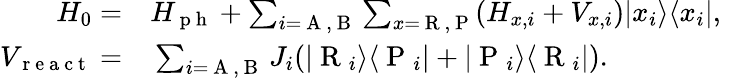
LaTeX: \begin{array}{rlr}{H_{0}=}&{{}H_{\mathrm{~p~h~}}+\sum_{i=\mathrm{~A~},\mathrm{~B~}}\sum_{x=\mathrm{~R~},\mathrm{~P~}}(H_{x,i}+V_{x,i})|x_{i}\rangle\langle x_{i}|,}&{}\\ {V_{\mathrm{~r~e~a~c~t~}}=}&{{}\sum_{i=\mathrm{~A~,~B~}}J_{i}(|\mathrm{~R~}_{i}\rangle\langle\mathrm{~P~}_{i}|+|\mathrm{~P~}_{i}\rangle\langle\mathrm{~R~}_{i}|).}&{}\end{array}